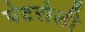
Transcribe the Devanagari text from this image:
पेटरोली